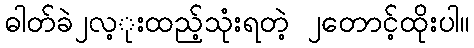
ဓါတ်ခဲ၂လ့ုးထည့်သုံးရတဲ့ ၂တောင့်ထိုးပါ။